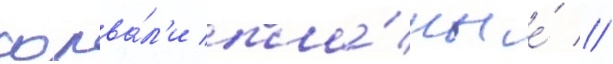
сорва́л'и пла́ны е́ //